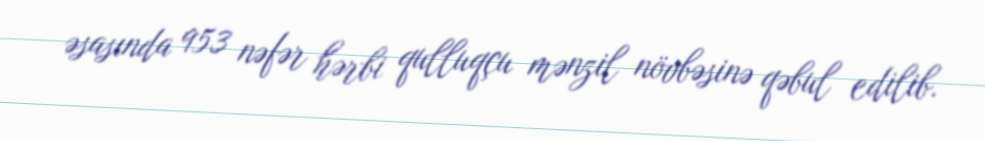
əsasında 953 nəfər hərbi qulluqçu mənzil növbəsinə qəbul edilib.